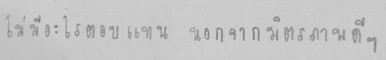
ไม่มีอะไรตอบแทน นอกจากมิตรภาพดีๆ